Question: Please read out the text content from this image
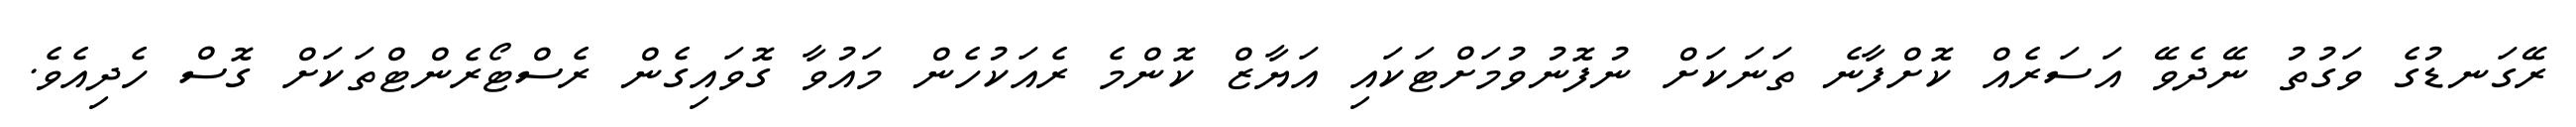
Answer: ރޭގަނޑުގެ ވަގުތު ނޭދެވޭ އަސަރެއް ކޮށްފާނެ ތަނަކަށް ނުފޮނުވުމަށްޓަކައި އަޔާޒް ކޮންމެ ރެއަކުހެން މައުވާ ގޮވައިގެން ރެސްޓޯރެންޓްތަކަށް ގޮސް ހެދިއެވެ.